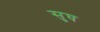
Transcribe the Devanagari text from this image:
सुघ